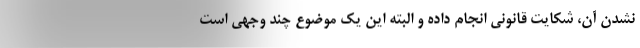
نشدن آن، شکایت قانونی انجام داده و البته این یک موضوع چند وجهی است